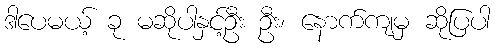
ဒါပေမယ့် ခု မဆိုပါနှင့်ဦး ဦး၊ နောက်ကျမှ ဆိုပြပါ